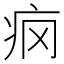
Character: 𰣢